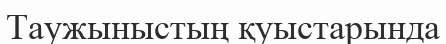
Таужыныстың қуыстарында